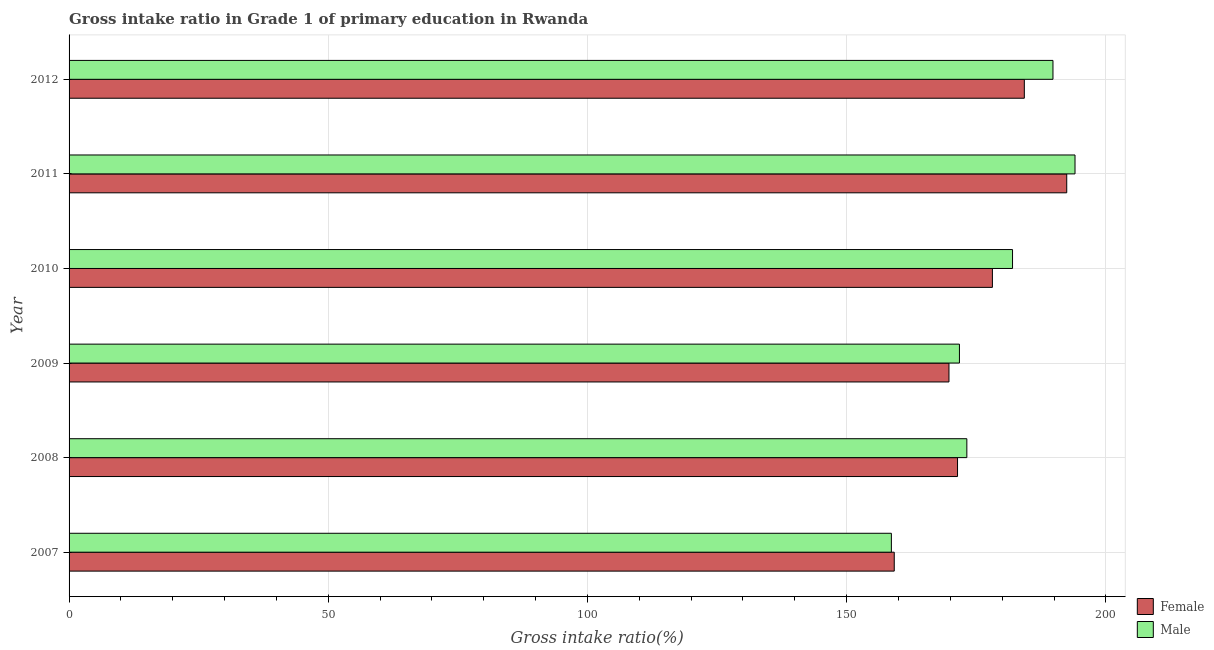
| Year | Female | Male |
 | --- | --- | --- |
 | 2007 | 159 | 159 |
 | 2008 | 171 | 173 |
 | 2009 | 170 | 172 |
 | 2010 | 178 | 182 |
 | 2011 | 192 | 194 |
 | 2012 | 184 | 190 |